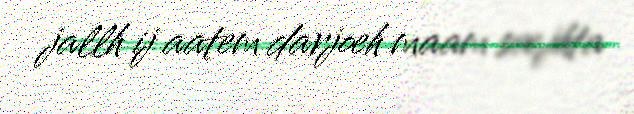
jallh ij aatem darjoeh maam sæjhta